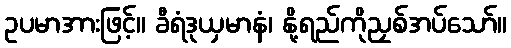
ဥပမာအားဖြင့်။ ခီရံဒုယှမာနံ၊ နို့ရည်ကိုညှစ်အပ်သော်။